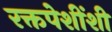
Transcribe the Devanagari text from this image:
रक्तपेशींशी